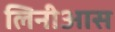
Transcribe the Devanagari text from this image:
लिनीआस